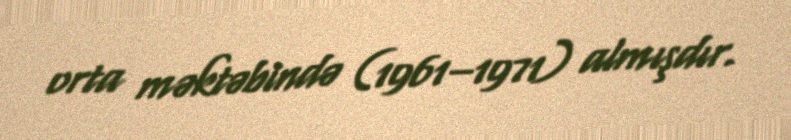
orta məktəbində (1961–1971) almışdır.